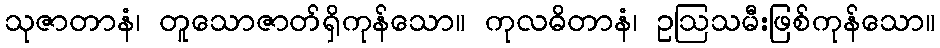
သုဇာတာနံ၊ တူသောဇာတ်ရှိကုန်သော။ ကုလဓိတာနံ၊ ဥဩသမီးဖြစ်ကုန်သော။